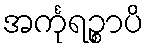
အင်္ကုရဉ္စာပိ